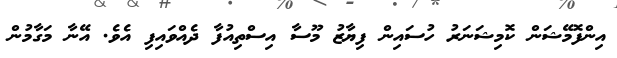
އިންފޮމޭޝަން ކޮމިޝަނަރު ހުސައިން ފިޔާޒު މޫސާ އިސްތިއުފާ ދެއްވައިފި އެވެ. އޭނާ މަގާމުން